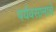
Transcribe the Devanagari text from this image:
पर्यवसानाचें